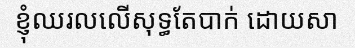
ខ្ញុំឈរលលើសុទ្ធតែបាក់ ដោយសា